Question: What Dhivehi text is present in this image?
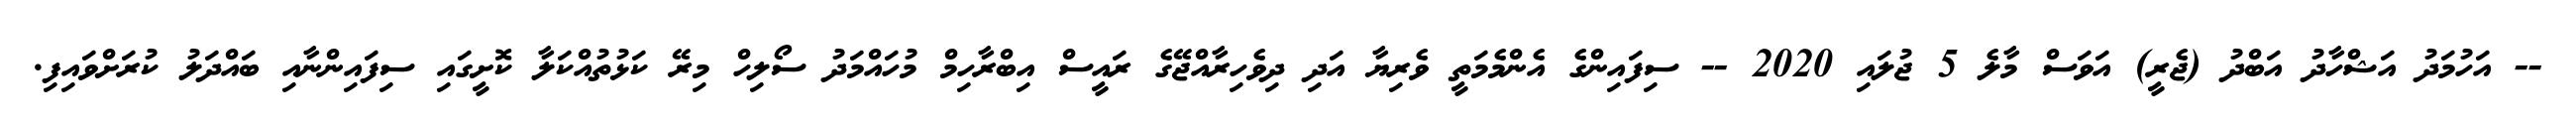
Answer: -- އަހުމަދު އަޝްހާދު އަބްދު (ޖެރީ) އަވަސް މާލެ 5 ޖުލައި 2020 -- ސިފައިންގެ އެންމެމަތީ ވެރިޔާ އަދި ދިވެހިރާއްޖޭގެ ރައީސް އިބްރާހިމް މުހައްމަދު ސޯލިހް މިރޭ ކަޅުތުއްކަލާ ކޮށީގައި ސިފައިންނާއި ބައްދަލު ކުރަށްވައިފި.